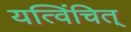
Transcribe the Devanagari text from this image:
यत्विंचित्